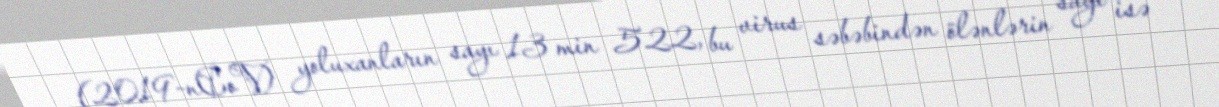
(2019-nCoV) yoluxanların sayı 13 min 522, bu virus səbəbindən ölənlərin sayı isə